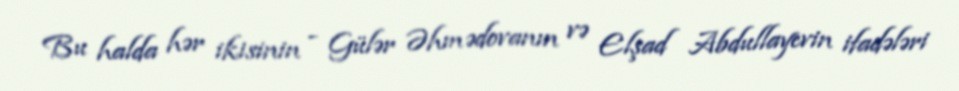
Bu halda hər ikisinin - Gülər Əhmədovanın və Elşad Abdullayevin ifadələri